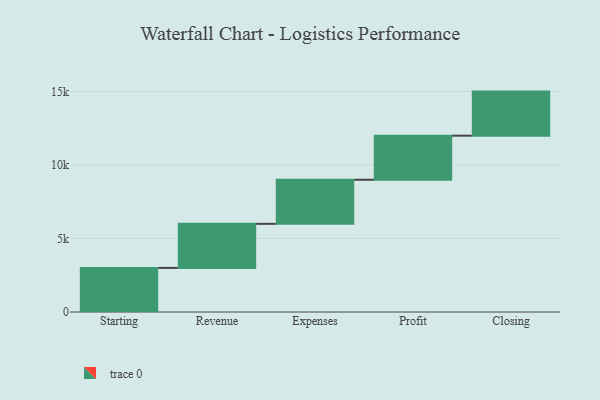
{"axis": {"x": "Step", "y": "Value"}, "legend": [""], "data": [{"x": "Starting", "y": 3000, "type": ""}, {"x": "Revenue", "y": 3000, "type": ""}, {"x": "Expenses", "y": 3000, "type": ""}, {"x": "Profit", "y": 3000, "type": ""}, {"x": "Closing", "y": 3000, "type": ""}]}